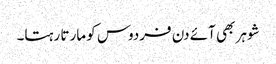
شوہر بھی آئے دن فردوس کو مارتا رہتا۔